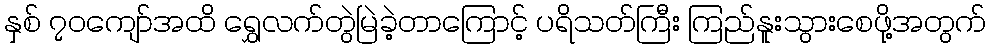
နှစ် ၇၀ကျော်အထိ ရွှေလက်တွဲမြဲခဲ့တာကြောင့် ပရိသတ်ကြီး ကြည်နူးသွားစေဖို့အတွက်